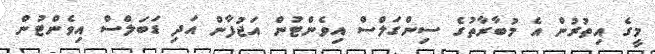
މީގެ އިތުރުން އެ މުބާރާތުގެ ސިންގަލްސް އިވެންޓުން އަޖުފާން އަދި ޑަބަލްސް އިވެންޓުން